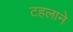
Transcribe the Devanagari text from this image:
टहलाने